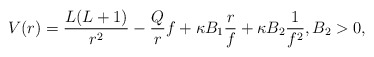
\begin{align*} V(r) = \frac{L(L+1)}{r^2} - \frac{Q}{r} f + \kappa B_1 \frac{r}{f} + \kappa B_2 \frac{1}{f^2}, B_2>0, \end{align*}